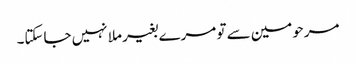
مرحومین سے تو مرے بغیر ملا نہیں جاسکتا۔